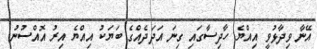
އޭނާ ވިދާޅުވީ އިއްޔެ ހާދިސާގައި ގިނަ އަދަދެއްގެ ބަޔަކު އިއްޔެ އިރު އޮއްސުނު